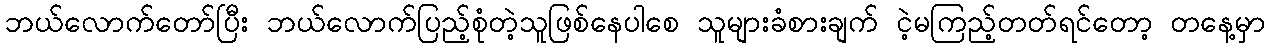
ဘယ်လောက်တော်ပြီး ဘယ်လောက်ပြည့်စုံတဲ့သူဖြစ်နေပါစေ သူများခံစားချက် ငဲ့မကြည့်တတ်ရင်တော့ တနေ့မှာ